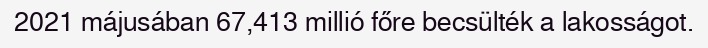
2021 májusában 67,413 millió főre becsülték a lakosságot.